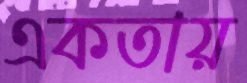
একতায়